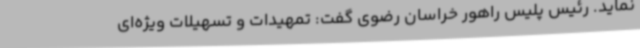
نماید. رئیس پلیس راهور خراسان رضوی گفت: تمهیدات و تسهیلات ویژه‌ای